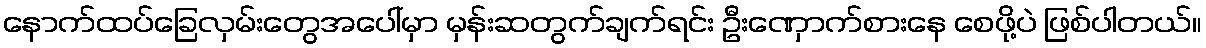
နောက်ထပ်ခြေလှမ်းတွေအပေါ်မှာ မှန်းဆတွက်ချက်ရင်း ဦးဏှောက်စားနေ စေဖို့ပဲ ဖြစ်ပါတယ်။